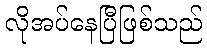
လိုအပ်နေပြီဖြစ်သည်